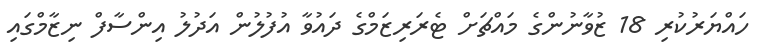
ހައްޔަރުކުރި 18 ޒުވާނުންގެ މައްޗަށް ޓެރަރިޒަމްގެ ދައުވާ އުފުލުން އަދުލު އިންސާފް ނިޒާމްގައި